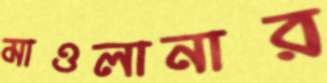
মাওলানার